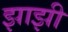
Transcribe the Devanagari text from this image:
झाझी